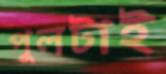
পুলটাই